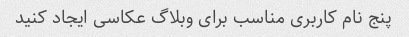
پنج نام کاربری مناسب برای وبلاگ عکاسی ایجاد کنید